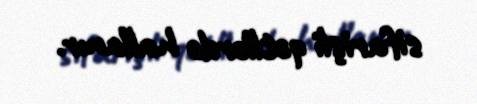
sifarişli qətllərdə hallanır.